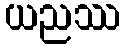
ယညဿ